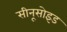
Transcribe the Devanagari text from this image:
सीनूसोइड